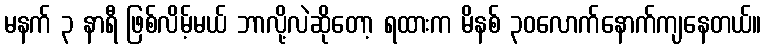
မနက် ၃ နာရီ ဖြစ်လိမ့်မယ် ဘာလို့လဲဆိုတော့ ရထားက မိနစ် ၃၀လောက်နောက်ကျနေတယ်။